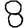
Digit: 8